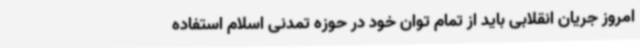
امروز جریان انقلابی باید از تمام توان خود در حوزه تمدنی اسلام استفاده